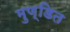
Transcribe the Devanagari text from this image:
मुण्डित